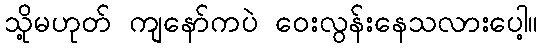
သို့မဟုတ် ကျနော်ကပဲ ဝေးလွန်းနေသလားပေါ့။